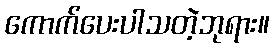
ကောက်ပေးပါသတဲ့ဘုရား။